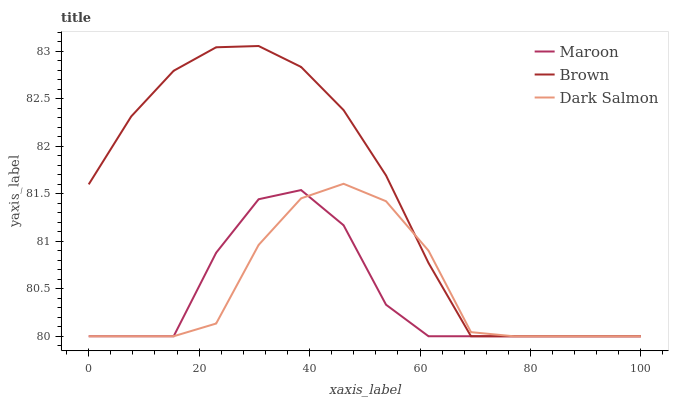
| xaxis_label | Maroon | Brown | Dark Salmon |
 | --- | --- | --- | --- |
 | 0 | 80 | 81.6 | 80 |
 | 7.69 | 80 | 82.3 | 80 |
 | 15.4 | 80 | 82.8 | 80 |
 | 23.1 | 80.9 | 83 | 80.1 |
 | 30.8 | 81.4 | 83.1 | 81 |
 | 38.5 | 81.5 | 82.8 | 81.5 |
 | 46.2 | 81.2 | 82.4 | 81.6 |
 | 53.8 | 80.3 | 81.7 | 81.4 |
 | 61.5 | 80 | 80.8 | 80.9 |
 | 69.2 | 80 | 80 | 80 |
 | 76.9 | 80 | 80 | 80 |
 | 84.6 | 80 | 80 | 80 |
 | 92.3 | 80 | 80 | 80 |
 | 100 | 80 | 80 | 80 |